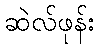
ဆဲလ်ဖုန်း